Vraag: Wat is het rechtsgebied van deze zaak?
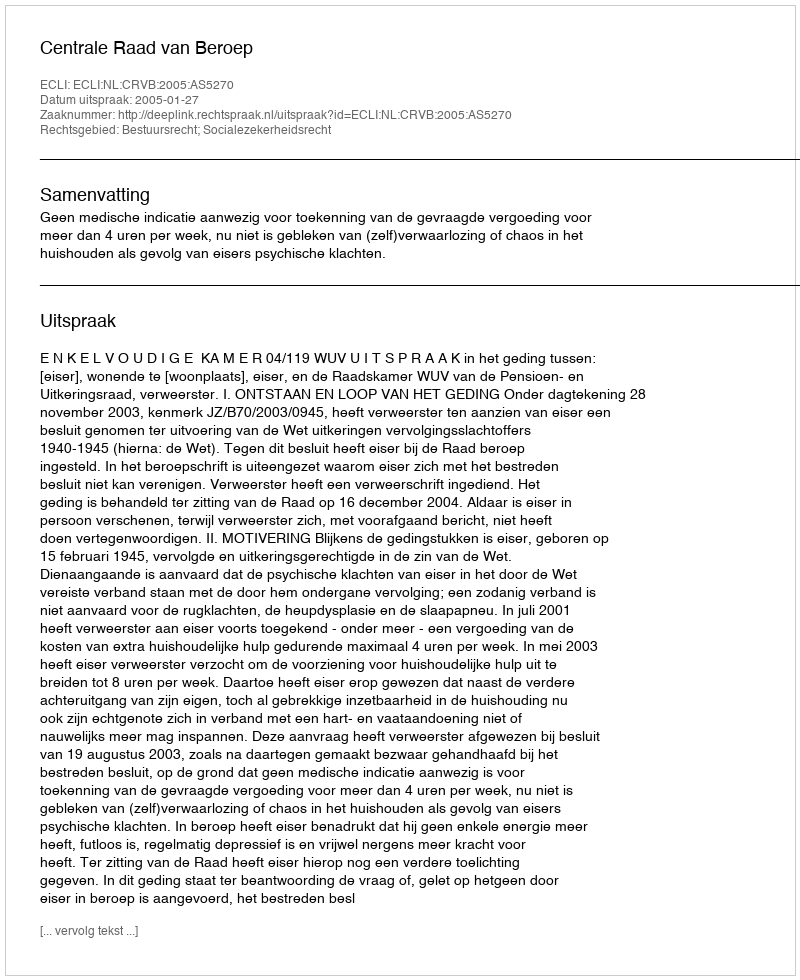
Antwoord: Bestuursrecht; Socialezekerheidsrecht